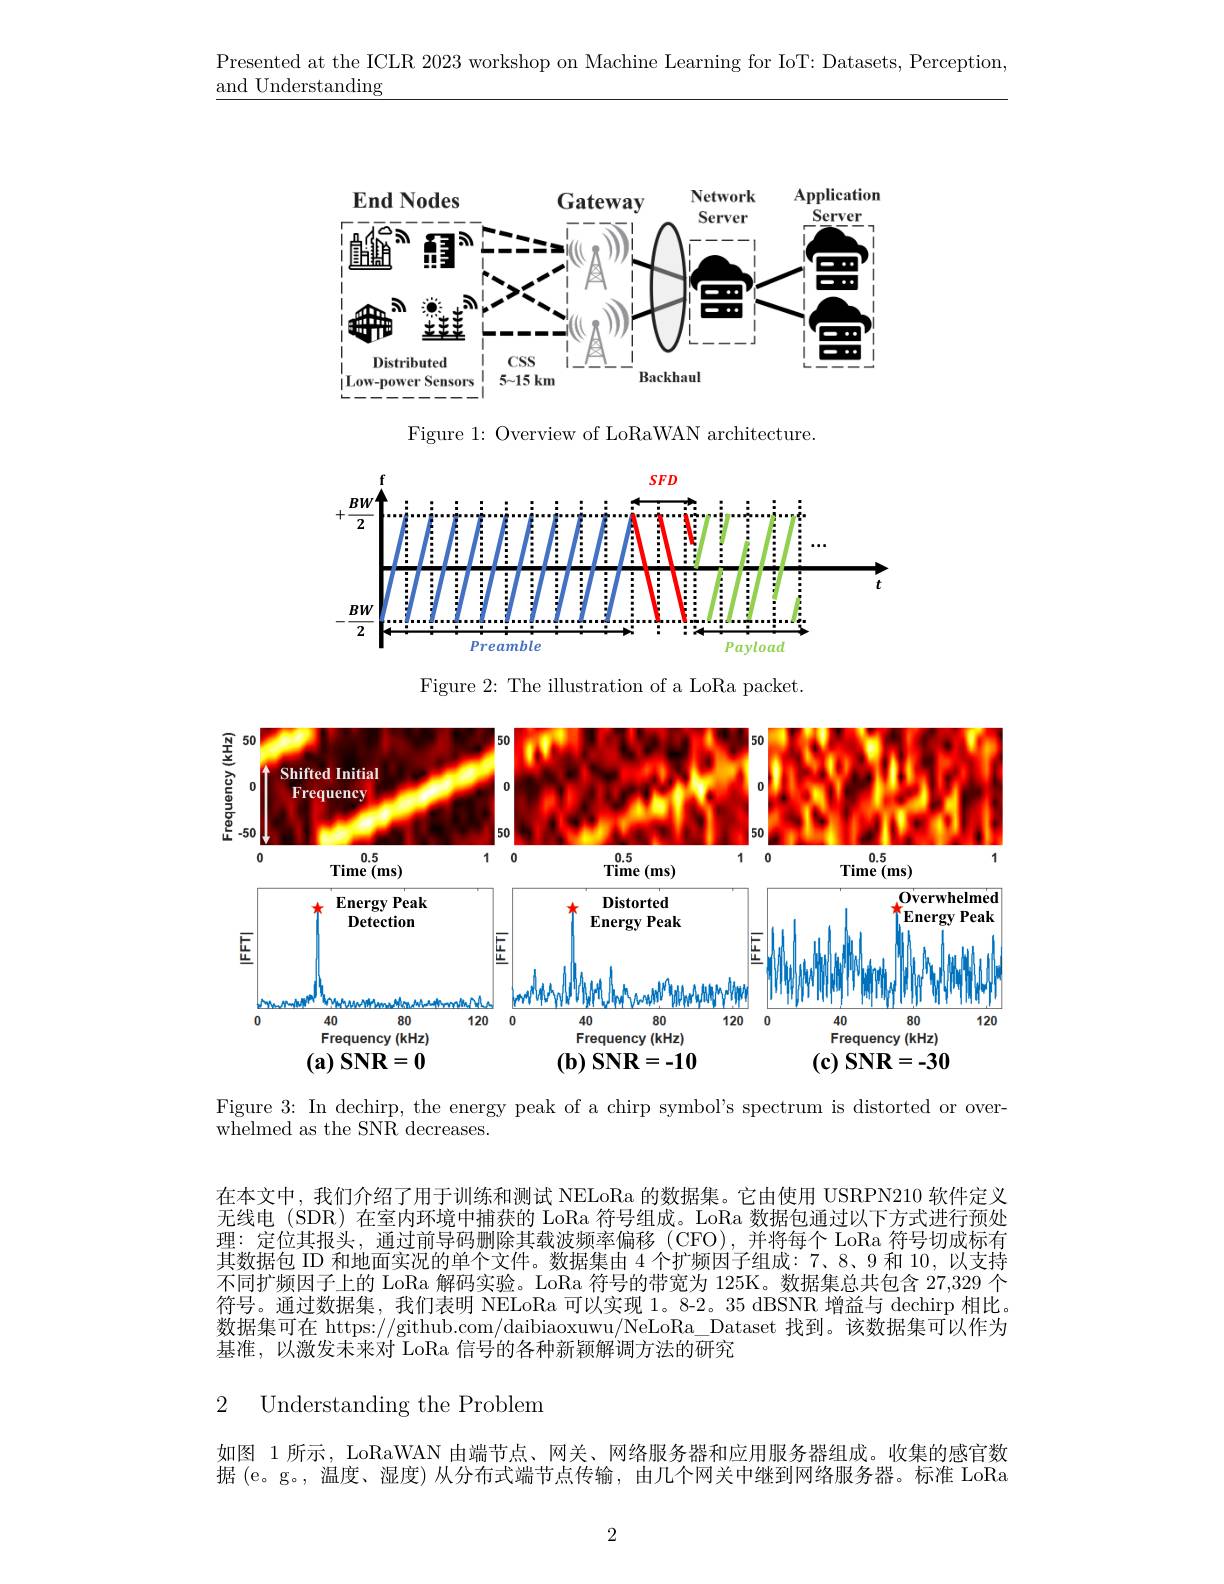
Presented at the ICLR 2023 workshop on Machine Learning for IoT: Datasets, Perception,
and Understanding

<FigureHere>

Figure 1: Overview of LoRaWAN architecture

<FigureHere>

Figure 2: The illustration of a LoRa packet.

<FigureHere>

Figure 3: In dechirp, the energy peak of a chirp symbol's spectrum is distorted or over-
$\bar{\mathrm{whelmed~as~the~SNR~decreases.}}$

在本文中，我们介绍了用于训练和测试 NELoRa 的数据集。它由使用 USRPN210 软件定义无线电(SDR)在室内环境中捕获的 LoRa 符号组成。LoRa 数据包通过以下方式进行预处理：定位其报头，通过前导码删除其载波频率偏移(CFO),并将每个 LoRa 符号切成标有其数据包 ID 和地面实况的单个文件。数据集由 4 个扩频因子组成：7、8、9 和 10, 以支持不同扩频因子上的 LoRa 解码实验。LoRa 符号的带宽为 125K。数据集总共包含 27,329 个符号。通过数据集，我们表明 NELoRa 可以实现 1。8-2。35 dBSNR 增益与 dechirp 相比。数据集可在 https://github.com/daibiaoxuwu/NeLoRa\_Dataset 找到。该数据集可以作为基准，以激发未来对 LoRa 信号的各种新颖解调方法的研究

## 2 Understanding the Problem

如图 1 所示，LoRaWAN 由端节点、网关、网络服务器和应用服务器组成。收集的感官数据 (e。g。, 温度、湿度) 从分布式端节点传输，由几个网关中继到网络服务器。标准 LoRa

2